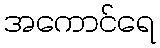
အကောင်ရေ